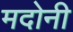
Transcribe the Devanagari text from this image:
मदोनी